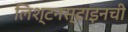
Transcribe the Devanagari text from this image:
लिश्टनस्टाइनची